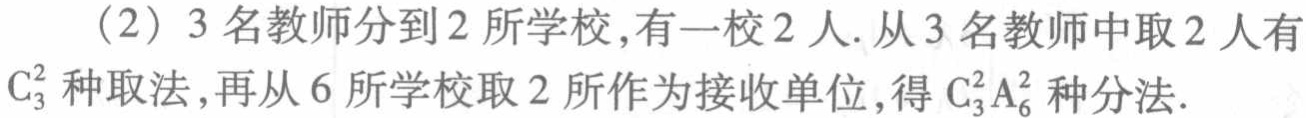
（2）3名教师分到2所学校,有一校2人.从3名教师中取2人有$C_{3}^{2}$种取法,再从6所学校取2所作为接收单位,得$C_{3}^{2}A_{6}^{2}$种分法.